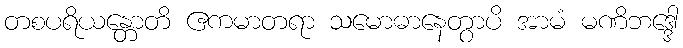
တစပရိယန္တောတိ ဧကမာတရာ သမောဓာနေတွာပိ အာမံ မဏိဘဒ္ဒေါ